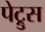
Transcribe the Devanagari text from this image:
पेट्रुस